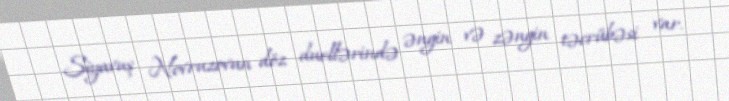
Siyavuş Novruzovun döz duellərində əngin və zəngin təcrübəsi var.